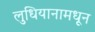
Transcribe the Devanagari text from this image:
लुधियानामधून